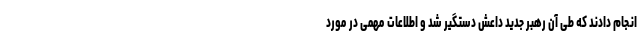
انجام دادند که طی آن رهبر جدید داعش دستگیر شد و اطلاعات مهمی در مورد